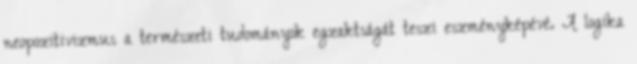
neopozitivizmus a természeti tudományok egzaktságát teszi eszményképévé. A logika